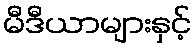
မီဒီယာများနှင့်